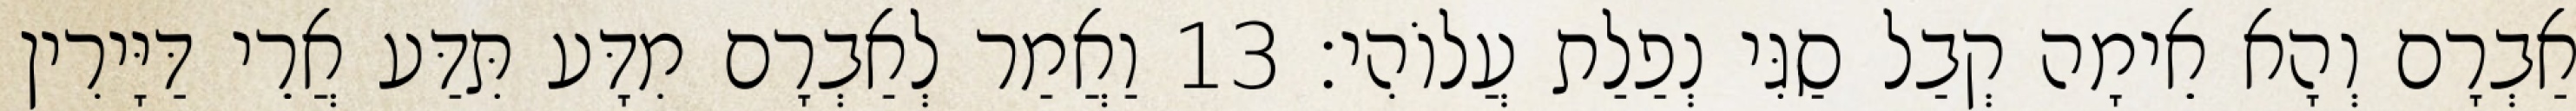
אַבְרָם וְהָא אֵימָה קְבַל סַגִּי נְפַלַת עֲלוֹהִי׃ 13 וַאֲמַר לְאַבְרָם מִדָּע תִּדַּע אֲרֵי דַּיָּירִין